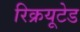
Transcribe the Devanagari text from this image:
रिक्रयूटेड